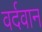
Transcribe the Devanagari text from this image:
वर्दवान